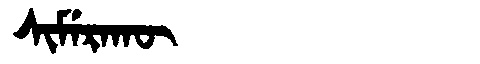
Manchu: ᠰᡳᠮᡝᡵᠠᡴᡡ
Romanization: SIMERAKŪ